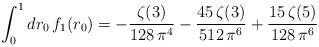
LaTeX: \begin{align*}\int_0^1 dr_0\,f_1(r_0)=-\frac{\zeta(3)}{128\,\pi^4 }-\frac{45\,\zeta(3)}{512\,\pi^6 }+\frac{15\,\zeta(5)}{128\,\pi^6}\end{align*}